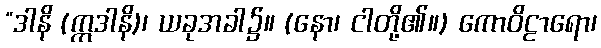
“ဒါနိ (ဣဒါနိ)၊ ယခုအခါ၌။ (နော၊ ငါတို့၏။) ကောဝိဠာရော၊